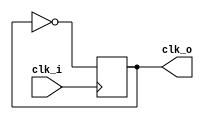
`timescale 1ns / 1ps
//////////////////////////////////////////////////////////////////////////////////
// Company: 
// 
// Design Name: 
// Module Name:    DMHz 
// Project Name: 
// Target Devices: 
// Tool versions: 
// Description: 
//
// Dependencies: 
//
// Revision: 
// Revision 0.01 - File Created
// Additional Comments: 
//
//////////////////////////////////////////////////////////////////////////////////
//Divisor de frecuencia de 100Mhz a 50Mhz
module DMHz(input clk_i,output reg clk_o=1'b0 );

 
	always@(posedge clk_i)
			begin

			clk_o=~clk_o;
			end

endmodule